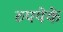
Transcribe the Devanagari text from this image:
रुपयेके